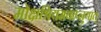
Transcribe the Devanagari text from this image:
मोक्षश्रियमवाप्नुयात्